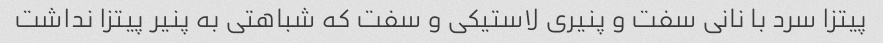
پیتزا سرد با نانی سفت و پنیری لاستیکی و سفت که شباهتی به پنیر پیتزا نداشت